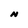
Character: N